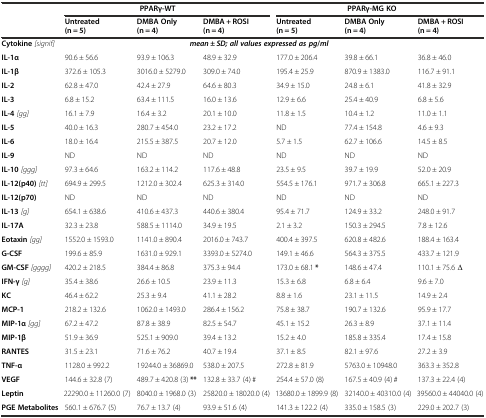
<table><thead><tr><td></td><td colspan="3"><b>PPARγ-WT</b></td><td colspan="3"><b>PPARγ-MG KO</b></td></tr><tr><td></td><td><b>Untreated (n = 5)</b></td><td><b>DMBA Only (n = 4)</b></td><td><b>DMBA + ROSI (n = 4)</b></td><td><b>Untreated (n = 5)</b></td><td><b>DMBA Only (n = 4)</b></td><td><b>DMBA + ROSI (n = 4)</b></td></tr></thead><tbody><tr><td><b>Cytokine</b><i>[signif]</i></td><td colspan="6"><b><i>mean ± SD; all values expressed as pg</i></b><b>/</b><b><i>ml</i></b></td></tr><tr><td><b>IL-1α</b></td><td>90.6 ± 56.6</td><td>93.9 ± 106.3</td><td>48.9 ± 32.9</td><td>177.0 ± 206.4</td><td>39.8 ± 66.1</td><td>36.8 ± 46.0</td></tr><tr><td><b>IL-1β</b></td><td>372.6 ± 105.3</td><td>3016.0 ± 5279.0</td><td>309.0 ± 74.0</td><td>195.4 ± 25.9</td><td>870.9 ± 1383.0</td><td>116.7 ± 91.1</td></tr><tr><td><b>IL-2</b></td><td>62.8 ± 47.0</td><td>42.4 ± 27.9</td><td>64.6 ± 80.3</td><td>34.9 ± 15.0</td><td>24.8 ± 6.1</td><td>41.8 ± 32.9</td></tr><tr><td><b>IL-3</b></td><td>6.8 ± 15.2</td><td>63.4 ± 111.5</td><td>16.0 ± 13.6</td><td>12.9 ± 6.6</td><td>25.4 ± 40.9</td><td>6.8 ± 5.6</td></tr><tr><td><b>IL-4</b><i>[gg]</i></td><td>16.1 ± 7.9</td><td>16.4 ± 3.2</td><td>20.1 ± 10.0</td><td>11.8 ± 1.5</td><td>10.4 ± 1.2</td><td>11.0 ± 1.1</td></tr><tr><td><b>IL-5</b></td><td>40.0 ± 16.3</td><td>280.7 ± 454.0</td><td>23.2 ± 17.2</td><td>ND</td><td>77.4 ± 154.8</td><td>4.6 ± 9.3</td></tr><tr><td><b>IL-6</b></td><td>18.0 ± 16.4</td><td>215.5 ± 387.5</td><td>20.7 ± 12.0</td><td>5.7 ± 1.5</td><td>62.7 ± 106.6</td><td>14.5 ± 8.5</td></tr><tr><td><b>IL-9</b></td><td>ND</td><td>ND</td><td>ND</td><td>ND</td><td>ND</td><td>ND</td></tr><tr><td><b>IL-10</b><i>[ggg]</i></td><td>97.3 ± 64.6</td><td>163.2 ± 114.2</td><td>117.6 ± 48.8</td><td>23.5 ± 9.5</td><td>39.7 ± 19.9</td><td>52.0 ± 20.9</td></tr><tr><td><b>IL-12(p40)</b><i>[tt]</i></td><td>694.9 ± 299.5</td><td>1212.0 ± 302.4</td><td>625.3 ± 314.0</td><td>554.5 ± 176.1</td><td>971.7 ± 306.8</td><td>665.1 ± 227.3</td></tr><tr><td><b>IL-12(p70)</b></td><td>ND</td><td>ND</td><td>ND</td><td>ND</td><td>ND</td><td>ND</td></tr><tr><td><b>IL-13</b><i>[g]</i></td><td>654.1 ± 638.6</td><td>410.6 ± 437.3</td><td>440.6 ± 380.4</td><td>95.4 ± 71.7</td><td>124.9 ± 33.2</td><td>248.0 ± 91.7</td></tr><tr><td><b>IL-17A</b></td><td>32.3 ± 23.8</td><td>588.5 ± 1114.0</td><td>34.9 ± 19.5</td><td>2.1 ± 3.2</td><td>150.3 ± 294.5</td><td>7.8 ± 12.6</td></tr><tr><td><b>Eotaxin</b><i>[gg]</i></td><td>1552.0 ± 1593.0</td><td>1141.0 ± 890.4</td><td>2016.0 ± 743.7</td><td>400.4 ± 397.5</td><td>620.8 ± 482.6</td><td>188.4 ± 163.4</td></tr><tr><td><b>G-CSF</b></td><td>199.6 ± 85.9</td><td>1631.0 ± 929.1</td><td>3393.0 ± 5274.0</td><td>149.1 ± 46.6</td><td>564.3 ± 375.5</td><td>433.7 ± 121.9</td></tr><tr><td><b>GM-CSF</b><i>[gggg]</i></td><td>420.2 ± 218.5</td><td>384.4 ± 86.8</td><td>375.3 ± 94.4</td><td>173.0 ± 68.1<b> *</b></td><td>148.6 ± 47.4</td><td>110.1 ± 75.6 Δ</td></tr><tr><td><b>IFN-γ</b><i>[g]</i></td><td>35.4 ± 38.6</td><td>26.6 ± 10.5</td><td>23.9 ± 11.3</td><td>15.3 ± 6.8</td><td>6.8 ± 6.4</td><td>9.6 ± 7.0</td></tr><tr><td><b>KC</b></td><td>46.4 ± 62.2</td><td>25.3 ± 9.4</td><td>41.1 ± 28.2</td><td>8.8 ± 1.6</td><td>23.1 ± 11.5</td><td>14.9 ± 2.4</td></tr><tr><td><b>MCP-1</b></td><td>218.2 ± 132.6</td><td>1062.0 ± 1493.0</td><td>286.4 ± 156.2</td><td>75.8 ± 38.7</td><td>190.7 ± 132.6</td><td>95.9 ± 17.7</td></tr><tr><td><b>MIP-1α</b><i>[gg]</i></td><td>67.2 ± 47.2</td><td>87.8 ± 38.9</td><td>82.5 ± 54.7</td><td>45.1 ± 15.2</td><td>26.3 ± 8.9</td><td>37.1 ± 11.4</td></tr><tr><td><b>MIP-1β</b></td><td>51.9 ± 36.9</td><td>525.1 ± 909.0</td><td>39.4 ± 13.2</td><td>15.2 ± 4.0</td><td>185.8 ± 335.4</td><td>17.4 ± 15.8</td></tr><tr><td><b>RANTES</b></td><td>31.5 ± 23.1</td><td>71.6 ± 76.2</td><td>40.7 ± 19.4</td><td>37.1 ± 8.5</td><td>82.1 ± 97.6</td><td>27.2 ± 3.9</td></tr><tr><td><b>TNF-α</b></td><td>1128.0 ± 992.2</td><td>19244.0 ± 36869.0</td><td>538.0 ± 207.5</td><td>272.8 ± 81.9</td><td>5763.0 ± 10948.0</td><td>363.3 ± 352.8</td></tr><tr><td><b>VEGF</b></td><td>144.6 ± 32.8 (7)</td><td>489.7 ± 420.8 (3) <b>**</b></td><td>132.8 ± 33.7 (4) #</td><td>254.4 ± 57.0 (8)</td><td>167.5 ± 40.9 (4) #</td><td>137.3 ± 22.4 (4)</td></tr><tr><td><b>Leptin</b></td><td>22290.0 ± 11260.0 (7)</td><td>8040.0 ± 1968.0 (3)</td><td>25820.0 ± 18020.0 (4)</td><td>13680.0 ± 1899.9 (8)</td><td>32140.0 ± 40310.0 (4)</td><td>39560.0 ± 44040.0 (4)</td></tr><tr><td><b>PGE Metabolites</b></td><td>560.1 ± 676.7 (5)</td><td>76.7 ± 13.7 (4)</td><td>93.9 ± 51.6 (4)</td><td>141.3 ± 122.2 (4)</td><td>335.0 ± 158.5 (3)</td><td>229.0 ± 202.7 (3)</td></tr></tbody></table>